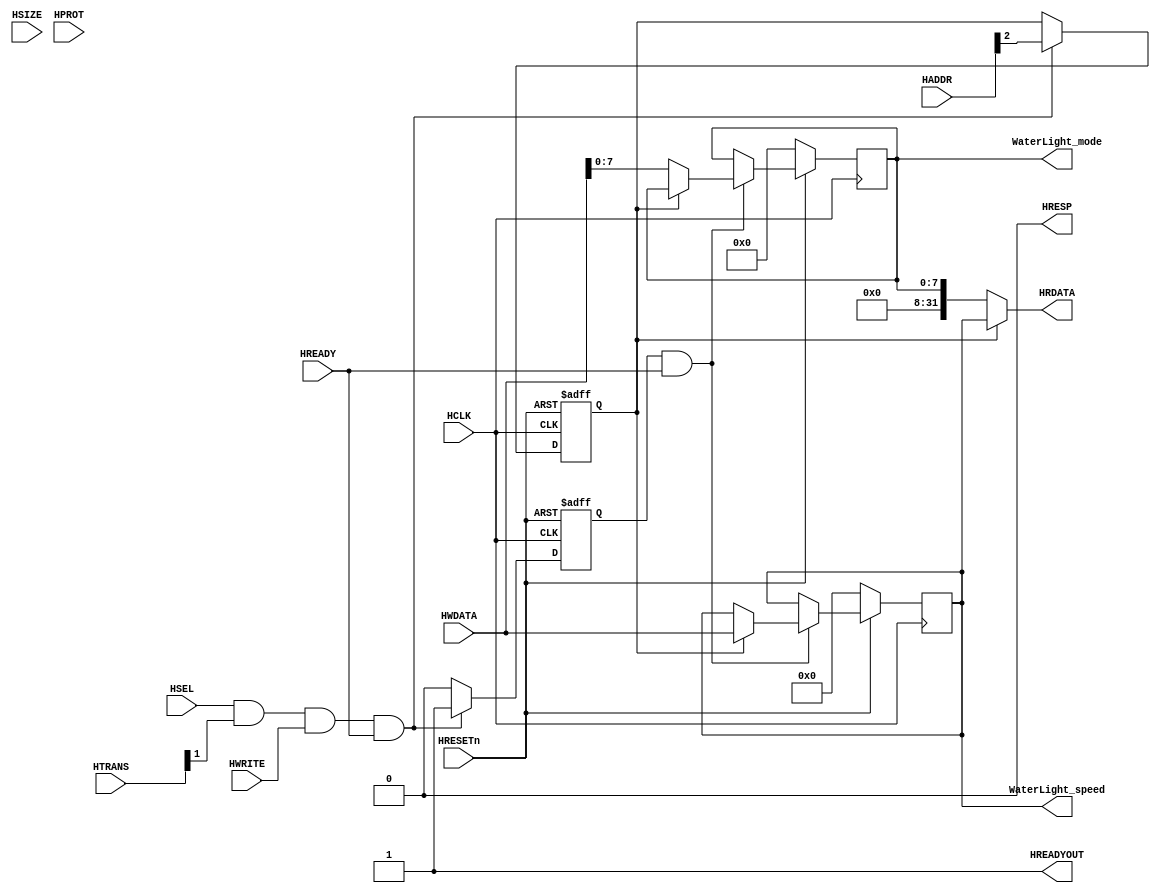
// This program was cloned from: https://github.com/flyjancy/CortexM0_SoC_Task
// License: MIT License

module AHBlite_WaterLight(
    input  wire          HCLK,    
    input  wire          HRESETn, 
    input  wire          HSEL,    
    input  wire   [31:0] HADDR,   
    input  wire    [1:0] HTRANS,  
    input  wire    [2:0] HSIZE,   
    input  wire    [3:0] HPROT,   
    input  wire          HWRITE,  
    input  wire   [31:0] HWDATA,  
    input  wire          HREADY,  
    output wire          HREADYOUT, 
    output wire   [31:0] HRDATA,  
    output wire          HRESP,
    output reg     [7:0] WaterLight_mode,
    output reg     [31:0] WaterLight_speed  
);

assign HRESP = 1'b0;
assign HREADYOUT = 1'b1;

wire write_en;
assign write_en = HSEL & HTRANS[1] & HWRITE & HREADY;

reg addr_reg;
always@(posedge HCLK or negedge HRESETn) begin
  if(~HRESETn) addr_reg <= 1'b0;
  else if(write_en) addr_reg <= HADDR[2];
end

reg wr_en_reg;
always@(posedge HCLK or negedge HRESETn) begin
  if(~HRESETn) wr_en_reg <= 1'b0;
  else if(write_en) wr_en_reg <= 1'b1;
  else wr_en_reg <= 1'b0;
end

always@(posedge HCLK) begin
    if(~HRESETn) begin
        WaterLight_mode <= 8'h00;
        WaterLight_speed <= 32'h00000000;
    end else if(wr_en_reg && HREADY) begin
        if(~addr_reg)
            WaterLight_mode <= HWDATA[7:0];
        else    
            WaterLight_speed <= HWDATA;
    end
end

assign HRDATA = (addr_reg) ? WaterLight_speed : {24'b0,WaterLight_mode};

endmodule